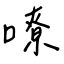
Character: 嘹